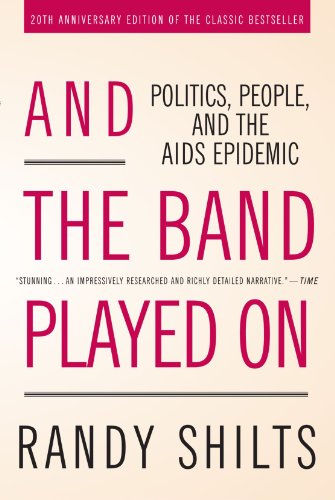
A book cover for And the Band Played On: Politics, People, and the AIDS Epidemic, 20th-Anniversary Edition; Randy Shilts; Health, Fitness & Dieting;